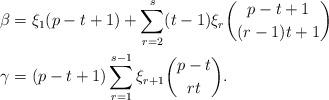
LaTeX: \begin{align*}\beta&=\xi_1(p-t+1)+\sum_{r=2}^s(t-1)\xi_r\binom{p-t+1}{(r-1)t+1}\\\gamma&=(p-t+1)\sum_{r=1}^{s-1} \xi_{r+1} \binom{p-t}{rt}.\end{align*}